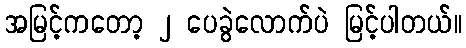
အမြင့်ကတော့ ၂ ပေခွဲလောက်ပဲ မြင့်ပါတယ်။